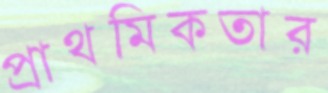
প্রাথমিকতার